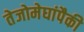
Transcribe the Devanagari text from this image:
तेजोमेघांपैकी